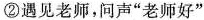
②遇见老师，问声”老师好”